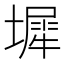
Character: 墀